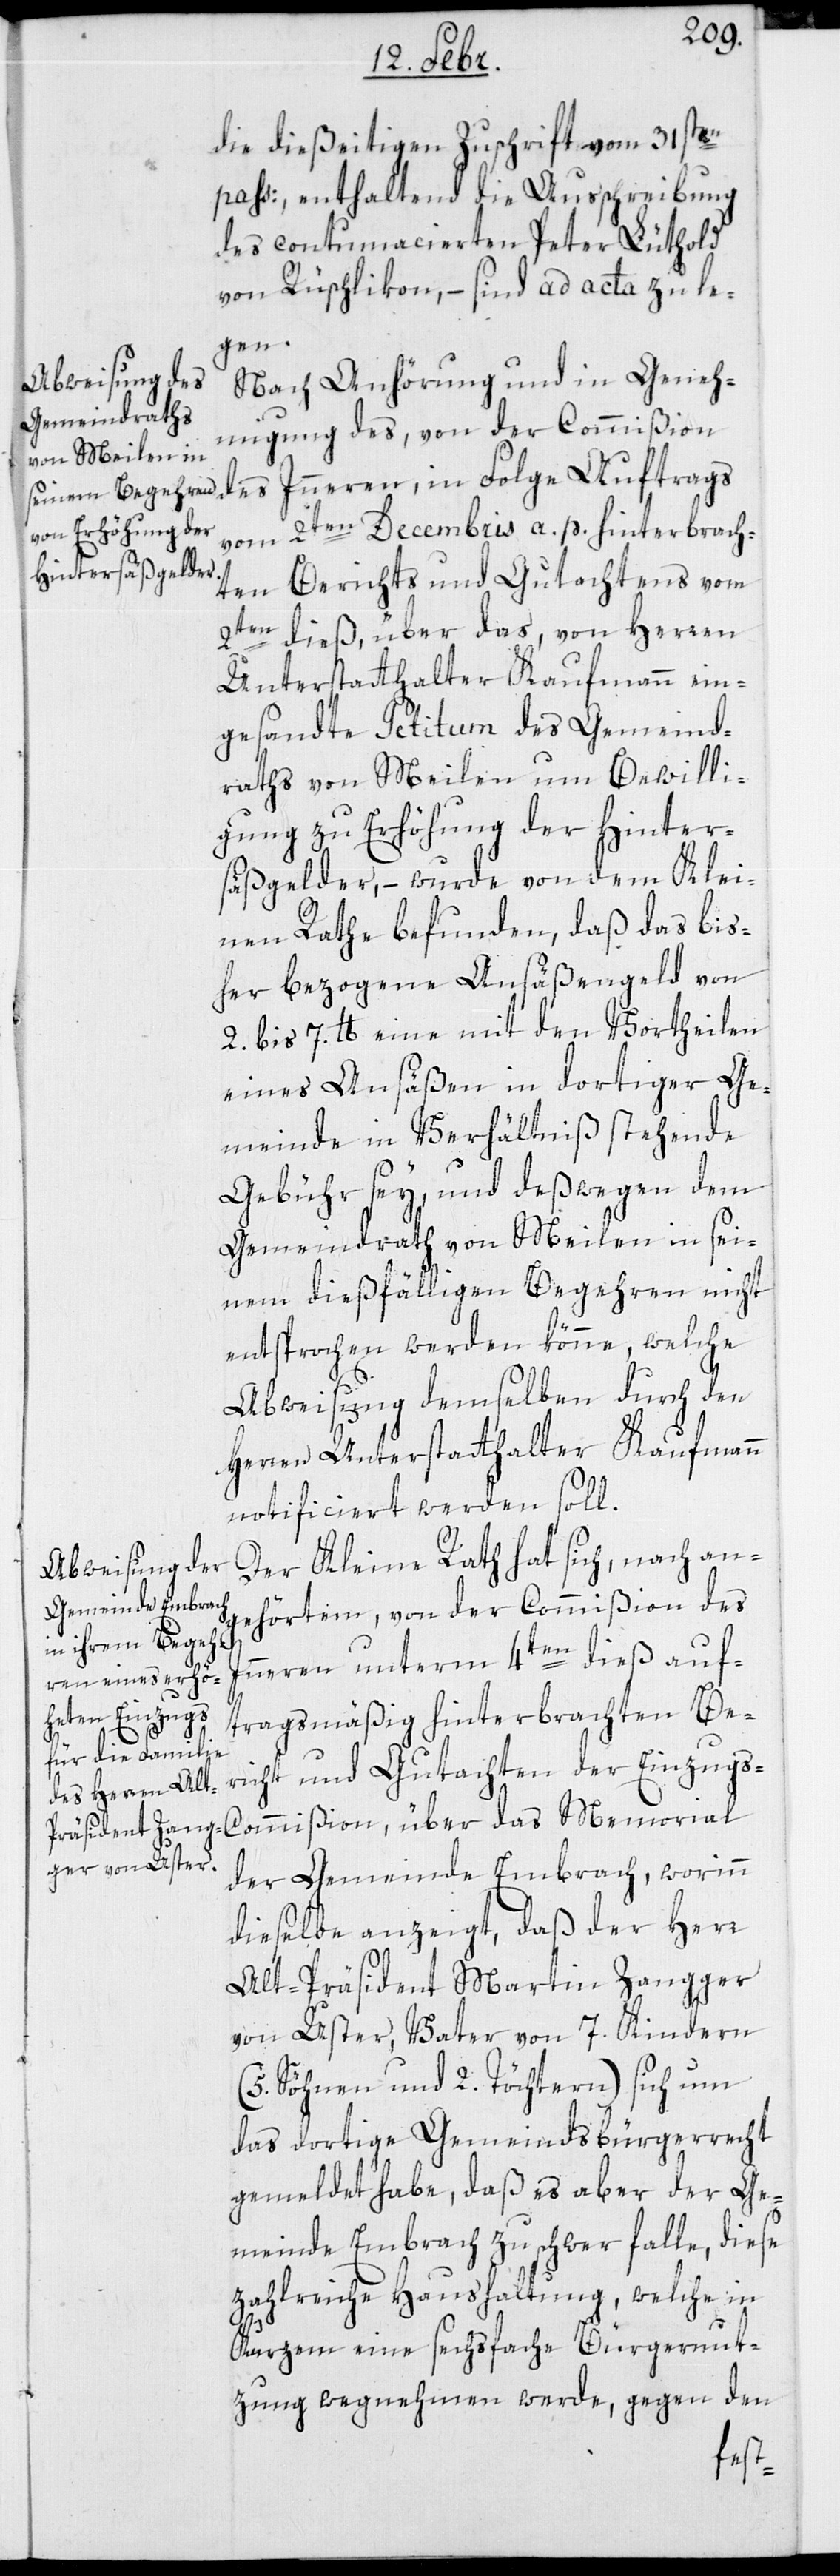
mißion,
die dießeitige Zuschrift vom 31sten
pass:, enthaltend die Außchreibung
des contumacierten Peter Lüthold
von Rüschlikon, – sind ad acta zu le¬
gen.
Nach Anhörung und in Geneh¬
migung des von der Commißion
des Innern, in Folge Auftrags
vom 2ten Decembris a. p. hinterbrach¬
ten Berichts und Gutachtens vom
2ten dieß, über das von Herren
Unterstatthalter Kaufmann ein¬
gesandte Petitum des Gemeind¬
raths von Meilen um Bewilli¬
gung zu Erhöhung der Hinter¬
säßgelder, – wurde von dem Klei¬
nen Rathe befunden, daß das bis¬
her bezogene Ansäßengeld von
2. bis 7. lb. eine mit den Vortheilen
eines Ansäßen in dortiger Ge¬
meinde im Verhältniß stehende
Gebühr sei, und deßwegen dem
Gemeindrath von Meilen in sei¬
nem dießfälligen Begehren, nicht
entsprochen werden könne, welche
Abweisung demselben durch den
Herren Unterstatthalter Kaufmann
notificiert werden soll.
Der Kleine Rath hat sich nach an¬
gehörtem, von der Commißion des
Innern unterm 4ten dieß auf¬
tragsmäßig hinterbrachten Be¬
richt und Gutachten der Einzugs-C¬
der Gemeinde Embrach, worinn
dieselbe anzeigt, daß der Herr
om¬
alt Präsident Martin Zangger
von Uster, Vater von 7. Kindern
(5 Söhnen und 2 Töchtern) sich um
das dortige Gemeindsbürgerrecht
gemeldet habe, daß es aber der Ge¬
meinde Embrach zu schwer falle, diese
zahlreiche Haushaltung, welche in
Kurzem eine sechsfache Bürgernut¬
zung wegnehmen werde, gegen den